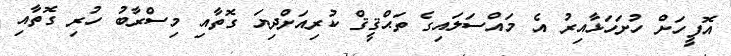
އޮފީހަށް ހުށަހަޅާއިރު އެ މައްސަލައިގެ ތަޙްޤީޤް ކުރިއަށްދިޔަ ގޮތާއި މިސްރާބު ހުރި ގޮތާއި